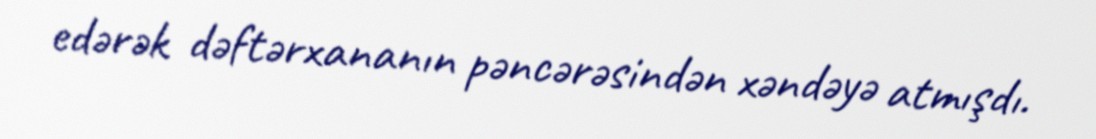
edərək dəftərxananın pəncərəsindən xəndəyə atmışdı.